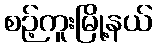
စဉ့်ကူးမြို့နယ်